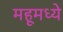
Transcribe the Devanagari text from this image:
महूमध्ये